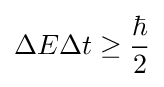
\Delta E\Delta t\geq {\frac {\hbar }{2}}